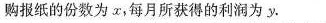
购报纸的份数为x，每月所获得的利润为y。